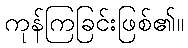
ကုန်ကြခြင်းဖြစ်၏။